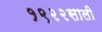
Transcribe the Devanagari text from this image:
१९२२साली